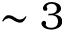
\sim 3